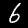
Label: 6